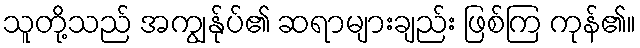
သူတို့သည် အကျွန်ုပ်၏ ဆရာများချည်း ဖြစ်ကြ ကုန်၏။